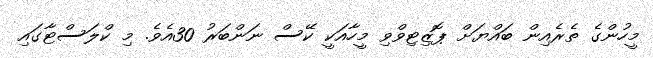
މީހުންގެ ތެރެއިން ބައްޔަށް ޕޮޒިޓިވްވި މީހާއަކީ ކޭސް ނަންބަރު 30އެވެ. މި ކްލަސްޓާގައި